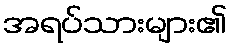
အရပ်သားများ၏